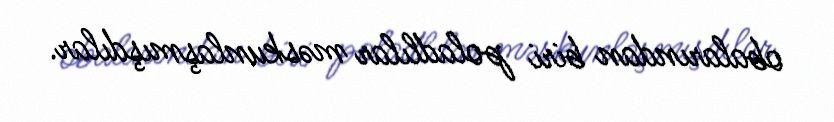
obalarından biri poladlılar məskunlaşmışdılar.